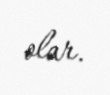
olar.